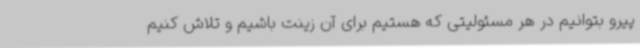
پیرو بتوانیم در هر مسئولیتی که هستیم برای آن زینت باشیم و تلاش کنیم